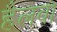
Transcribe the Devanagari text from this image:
हैलवा